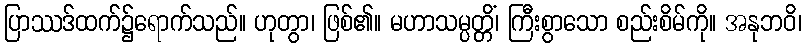
ပြာဿဒ်ထက်၌ရောက်သည်။ ဟုတွာ၊ ဖြစ်၏။ မဟာသမ္ပတ္တိံ၊ ကြီးစွာသော စည်းစိမ်ကို။ အနုဘဝိ၊